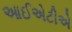
આઈએટીએ